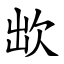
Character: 欪